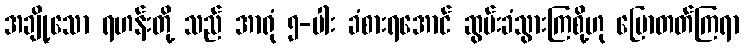
အချို့သော ရဟန်းတို့ သည် အာရုံ ၅-ပါး ခံစားရအောင် ဆွမ်းခံသွားကြစို့ဟု ပြောတတ်ကြရာ